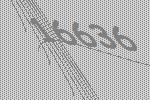
16636